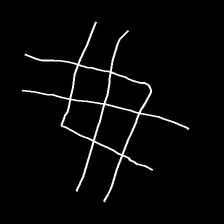
Glyph: crystal